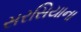
સરસિયાના